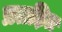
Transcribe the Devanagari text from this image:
प्रतड़ित